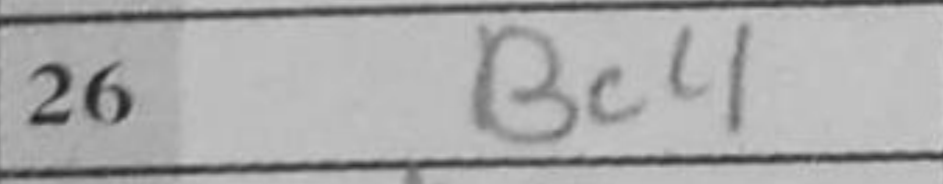
Transcription: b3